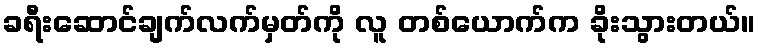
ခရီးဆောင်ချက်လက်မှတ်ကို လူ တစ်ယောက်က ခိုးသွားတယ်။